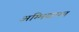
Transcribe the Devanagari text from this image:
अम्मियापन